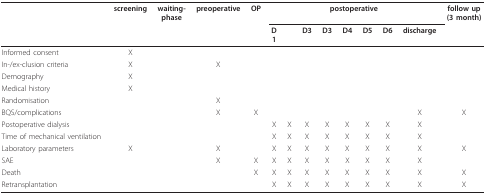
<table><thead><tr><td></td><td><b>screening</b></td><td><b>waiting-phase</b></td><td><b>preoperative</b></td><td><b>OP</b></td><td colspan="8"><b>postoperative</b></td><td><b>follow up(3 month)</b></td></tr><tr><td></td><td></td><td></td><td></td><td></td><td><b>D1</b></td><td></td><td><b>D3</b></td><td><b>D3</b></td><td><b>D4</b></td><td><b>D5</b></td><td><b>D6</b></td><td><b>discharge</b></td><td></td></tr></thead><tbody><tr><td>Informed consent</td><td>X</td><td></td><td></td><td></td><td></td><td></td><td></td><td></td><td></td><td></td><td></td><td></td><td></td></tr><tr><td>In-/ex-clusion criteria</td><td>X</td><td></td><td>X</td><td></td><td></td><td></td><td></td><td></td><td></td><td></td><td></td><td></td><td></td></tr><tr><td>Demography</td><td>X</td><td></td><td></td><td></td><td></td><td></td><td></td><td></td><td></td><td></td><td></td><td></td><td></td></tr><tr><td>Medical history</td><td>X</td><td></td><td></td><td></td><td></td><td></td><td></td><td></td><td></td><td></td><td></td><td></td><td></td></tr><tr><td>Randomisation</td><td></td><td></td><td>X</td><td></td><td></td><td></td><td></td><td></td><td></td><td></td><td></td><td></td><td></td></tr><tr><td>BQS/complications</td><td></td><td></td><td>X</td><td>X</td><td></td><td></td><td></td><td></td><td></td><td></td><td></td><td>X</td><td>X</td></tr><tr><td>Postoperative dialysis</td><td></td><td></td><td></td><td></td><td>X</td><td>X</td><td>X</td><td>X</td><td>X</td><td>X</td><td>X</td><td>X</td><td></td></tr><tr><td>Time of mechanical ventilation</td><td></td><td></td><td></td><td></td><td>X</td><td>X</td><td>X</td><td>X</td><td>X</td><td>X</td><td>X</td><td>X</td><td></td></tr><tr><td>Laboratory parameters</td><td>X</td><td></td><td>X</td><td></td><td>X</td><td>X</td><td>X</td><td>X</td><td>X</td><td>X</td><td>X</td><td>X</td><td>X</td></tr><tr><td>SAE</td><td></td><td></td><td>X</td><td>X</td><td>X</td><td>X</td><td>X</td><td>X</td><td>X</td><td>X</td><td>X</td><td>X</td><td></td></tr><tr><td>Death</td><td></td><td></td><td></td><td>X</td><td>X</td><td>X</td><td>X</td><td>X</td><td>X</td><td>X</td><td>X</td><td>X</td><td>X</td></tr><tr><td>Retransplantation</td><td></td><td></td><td></td><td></td><td>X</td><td>X</td><td>X</td><td>X</td><td>X</td><td>X</td><td>X</td><td>X</td><td>X</td></tr></tbody></table>